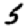
Digit: 5